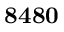
\mathbf { 8 4 8 0 }